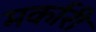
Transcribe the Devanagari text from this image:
मर्कारी